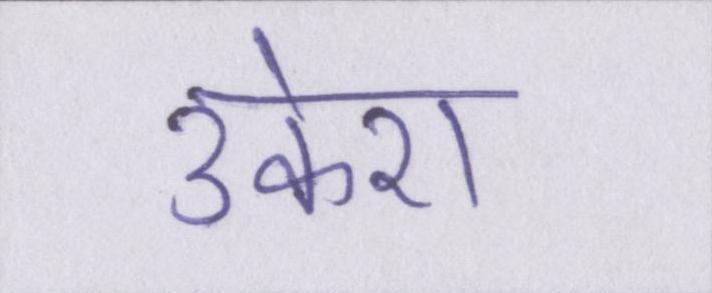
उकेरा